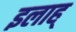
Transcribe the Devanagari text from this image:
इलाह्